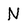
Character: N